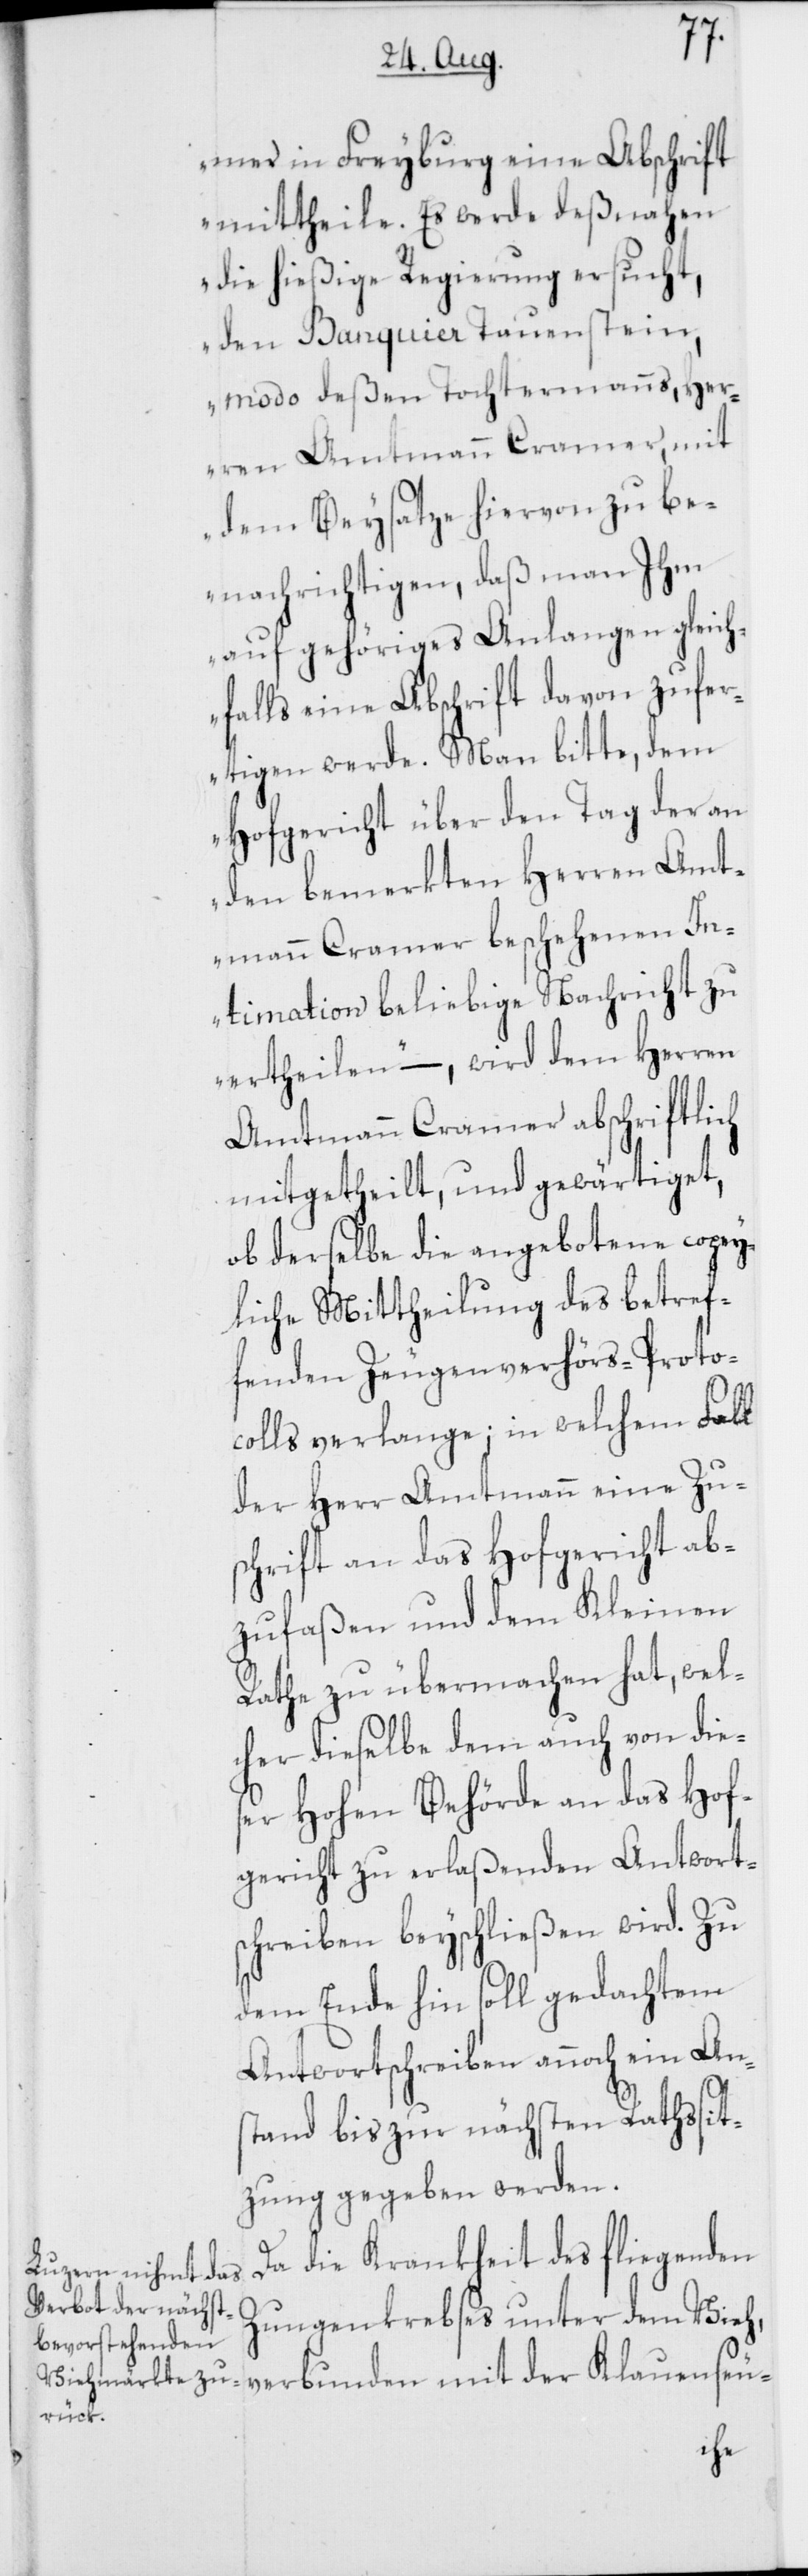
mer in Freyburg eine Abschrift
mittheile. Es werde deßnahen
die hießige Regierung ersucht,
den Banquier Tauenstein,
modo deßen Tochtermanns, Her¬
ren Amtmann Cramer, mit
dem Beysatze hiervon zu be¬
nachrichtigen, daß man Ihm
auf gehöriges Anlangen geich¬
falls eine Abschrift davon zufer¬
tigen werde. Man bitte, dem
Hofgericht über den Tag der an
den bemerkten Herren Amt¬
mann Cramer beschehenen In¬
timation beliebige Nachricht zu
ertheilen“ –, wird dem Herren
Amtmann Cramer abschriftlich
mitgetheilt, und gewärtiget,
ob derselbe die angebotene copey¬
liche Mittheilung des betref¬
fenden Zeugenverhörs-Proto¬
colls verlange; in welchem Fall
der Herr Amtmann eine Zu¬
schrift an das Hofgericht ab¬
zufaßen und dem Kleinen
Rathe zu übermachen hat, wel¬
cher dieselbe dem auch von die¬
ser Hohen Behörde an das Hof¬
gericht zu erlaßenden Antwort¬
schreiben beyschließen wird. Zu
dem Ende hin soll gedachtem
Antwortschreiben annoch ein An¬
stand bis zur nächsten Rathssit¬
zung gegeben werden.
Da die Krankheit des fliegenden
Zungenkrebses unter dem Vieh,
der